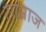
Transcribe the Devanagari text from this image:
साम्राज